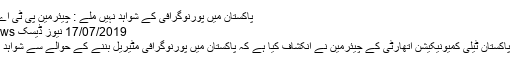
پاکستان میں پورنوگرافی کے شواہد نہیں ملے : چیئرمین پی ٹی اے - ہم سب
17/07/2019 نیوز ڈیسک n/b Views
اسلام آباد: پاکستان ٹیلی کمیونیکیشن اتھارٹی کے چیئرمین نے انکشاف کیا ہے کہ پاکستان میں پورنوگرافی مٹیریل بننے کے حوالے سے شواہد نہیں ملے۔